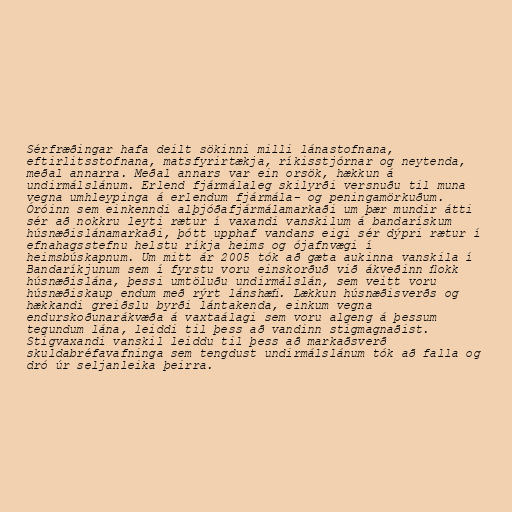
Sérfræðingar hafa deilt sökinni milli lánastofnana,
eftirlitsstofnana, matsfyrirtækja, ríkisstjórnar og neytenda,
meðal annarra. Meðal annars var ein orsök, hækkun á
undirmálslánum. Erlend fjármálaleg skilyrði versnuðu til muna
vegna umhleypinga á erlendum fjármála- og peningamörkuðum.
Óróinn sem einkenndi alþjóðafjármálamarkaði um þær mundir átti
sér að nokkru leyti rætur í vaxandi vanskilum á bandarískum
húsnæðislánamarkaði, þótt upphaf vandans eigi sér dýpri rætur í
efnahagsstefnu helstu ríkja heims og ójafnvægi í
heimsbúskapnum. Um mitt ár 2005 tók að gæta aukinna vanskila í
Bandaríkjunum sem í fyrstu voru einskorðuð við ákveðinn ﬂokk
húsnæðislána, þessi umtöluðu undirmálslán, sem veitt voru
húsnæðiskaup endum með rýrt lánshæﬁ. Lækkun húsnæðisverðs og
hækkandi greiðslu byrði lántakenda, einkum vegna
endurskoðunarákvæða á vaxtaálagi sem voru algeng á þessum
tegundum lána, leiddi til þess að vandinn stigmagnaðist.
Stigvaxandi vanskil leiddu til þess að markaðsverð
skuldabréfavafninga sem tengdust undirmálslánum tók að falla og
dró úr seljanleika þeirra.